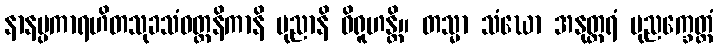
နာနပ္ပကာရဟိတသုခသံဝတ္တနိကာနိ ပုညာနိ ဝိရူဟန္တိ။ တသ္မာ သံဃော အနုတ္တရံ ပုညက္ခေတ္တံ